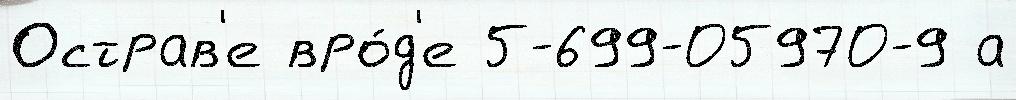
Острав'е вро́д'е 5-699-05970-9 а